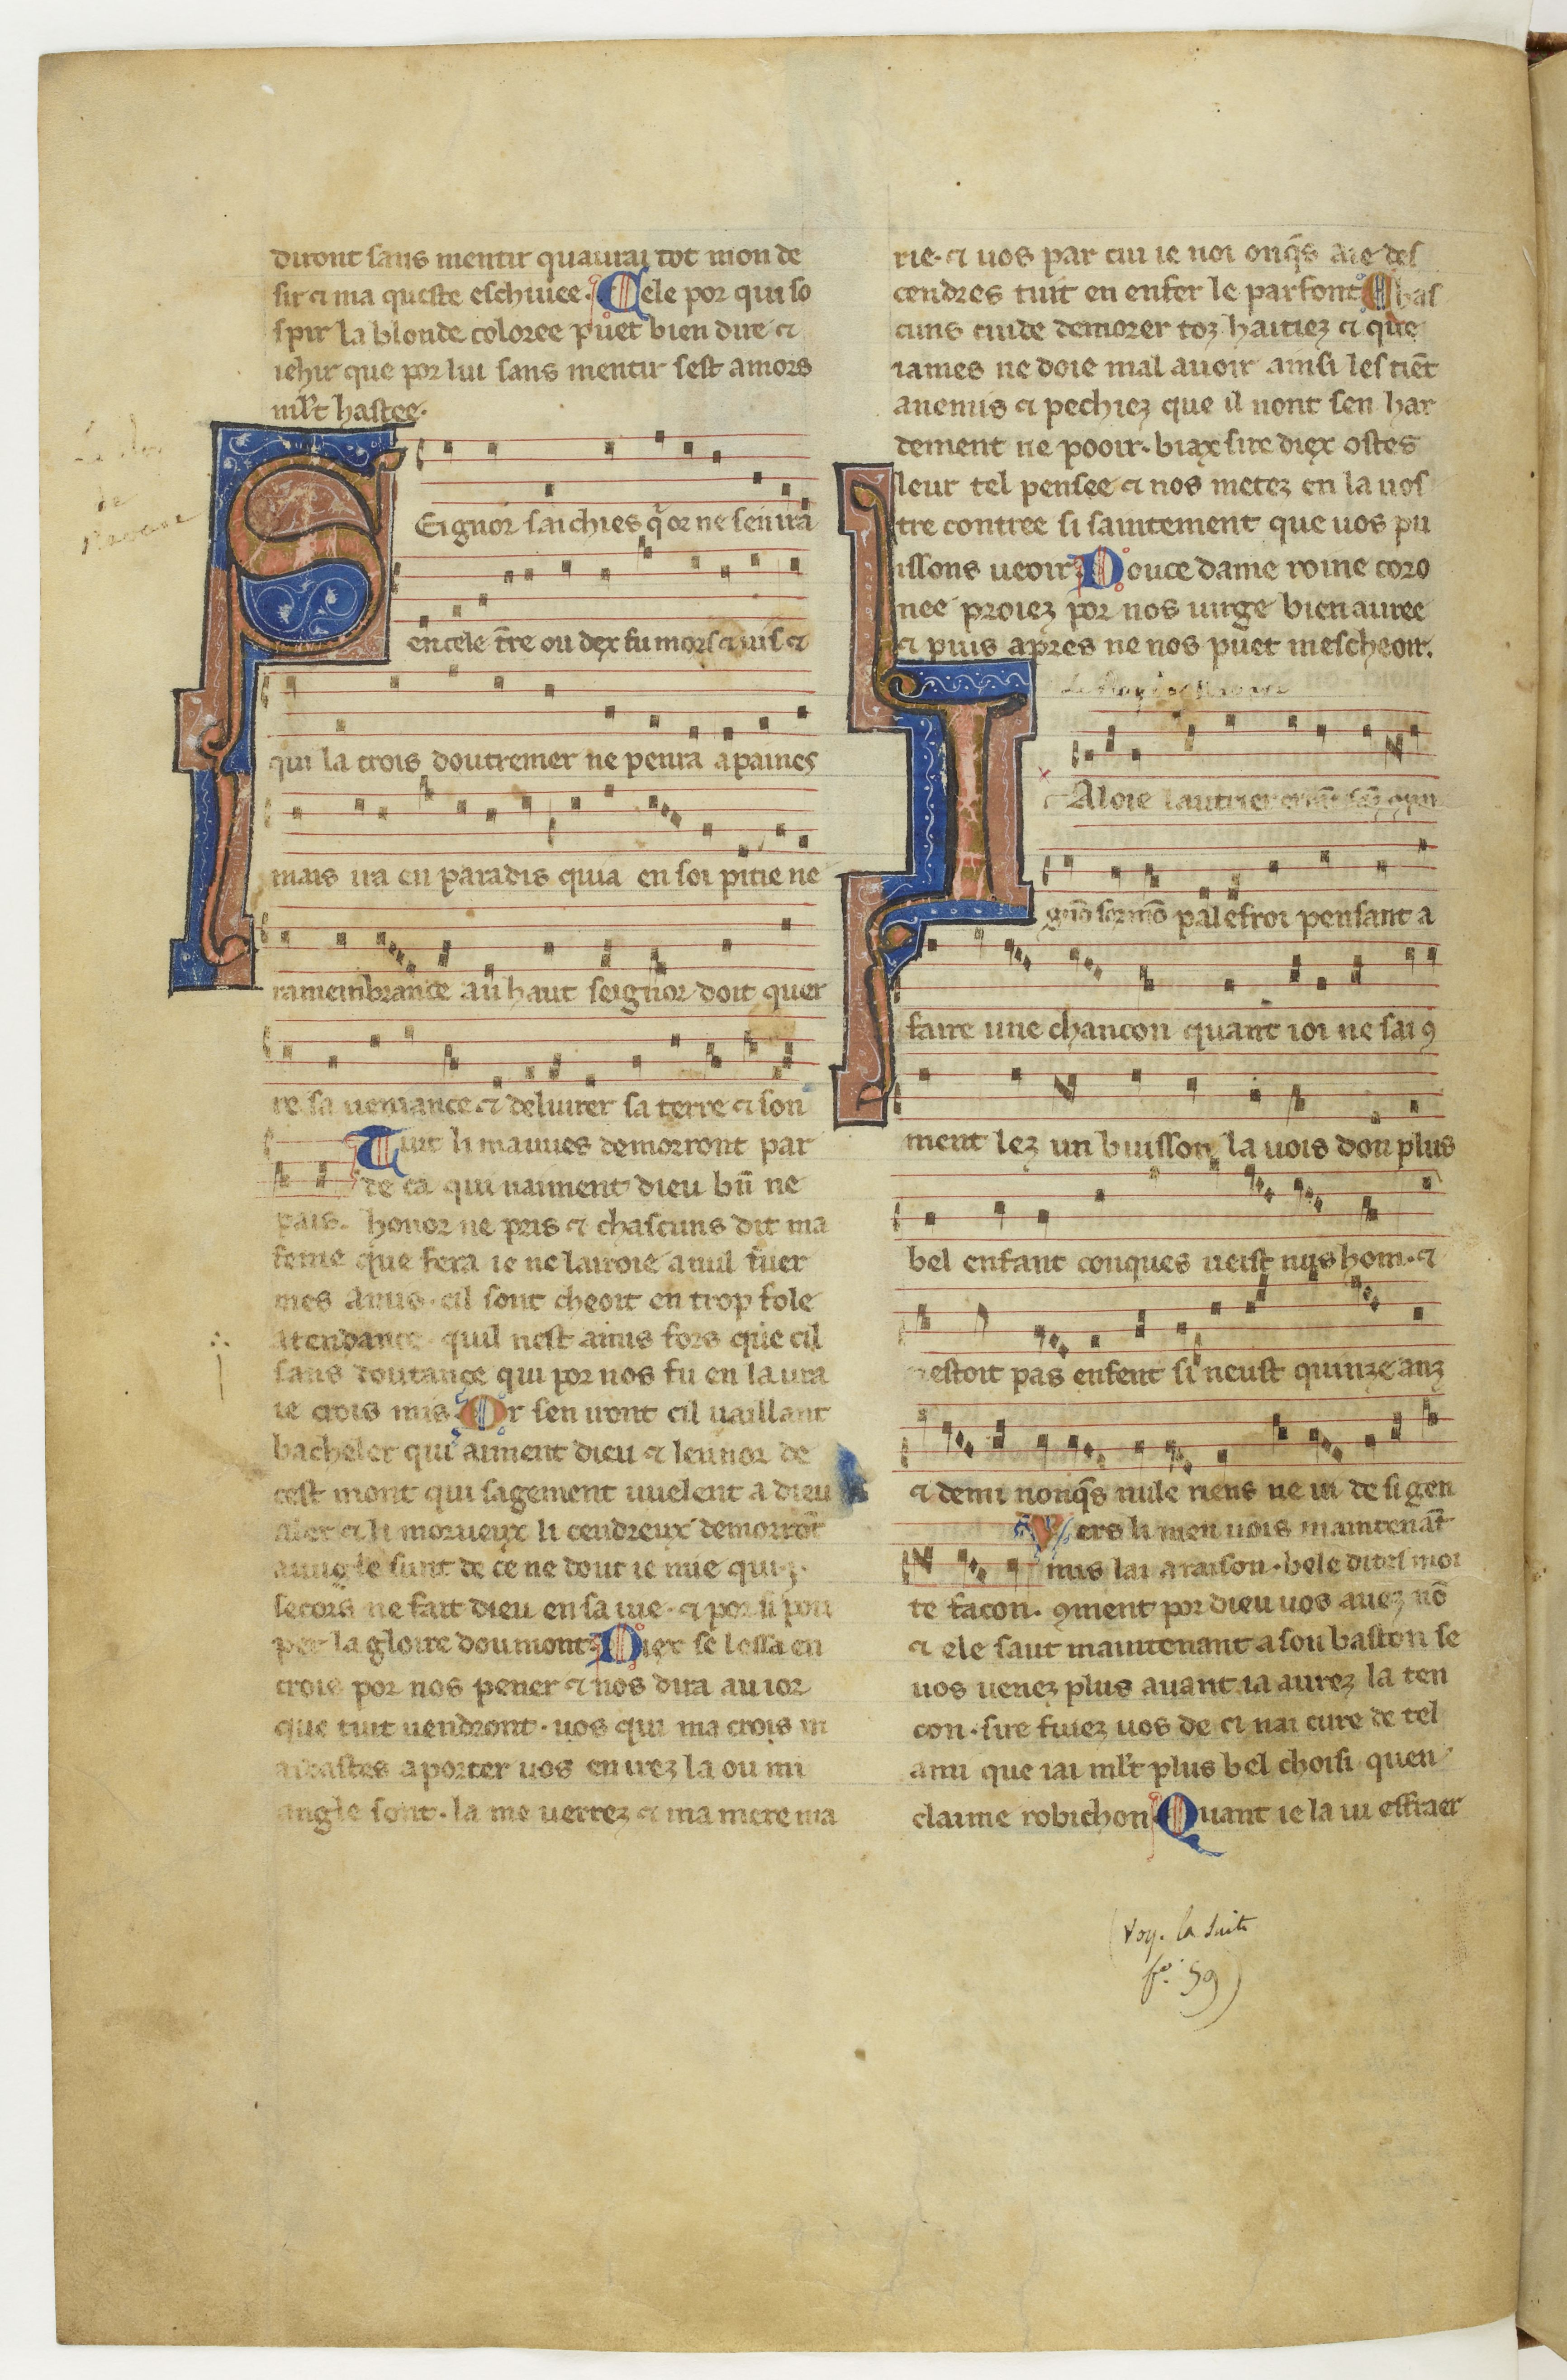
Shelfmark: Paris, BnF, fr. 844
Century: 13